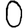
Digit: 0